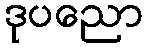
ဒုပညော